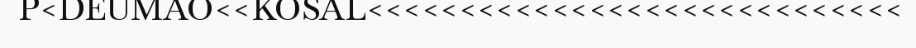
P<DEUMAO<<KOSAL<<<<<<<<<<<<<<<<<<<<<<<<<<<<<